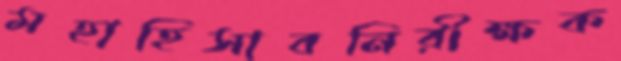
মহাহিসাবনিরীক্ষক